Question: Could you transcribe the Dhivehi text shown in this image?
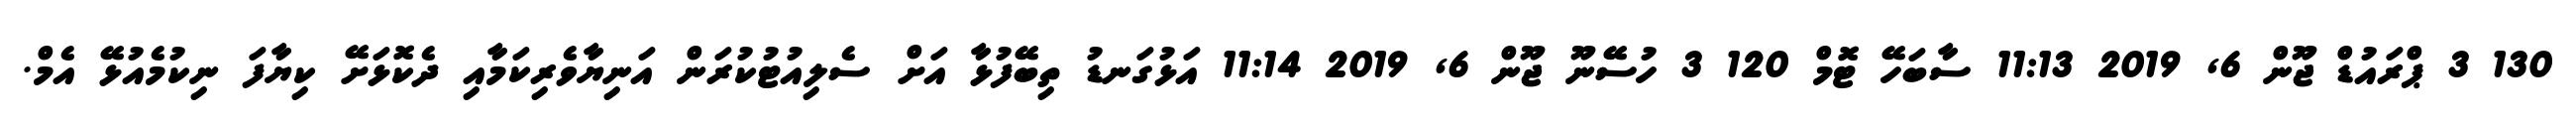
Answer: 130 3 ޕްރައުޑް ޖޫން 6, 2019 11:13 ސާބަހޭ ޓޮމް 120 3 ހުސޭނޫ ޖޫން 6, 2019 11:14 އަޅުގަނޑު ތިބޭފުޅާ އަށް ސެލިއުޓުކުރަން އަނިޔާވެރިކަމާއި ދެކޮޅަށޭ ކިޔާފަ ނިކުމެއުޅޭ އެމް.